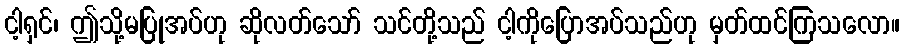
ငါ့ရှင်၊ ဤသို့မပြုအပ်ဟု ဆိုလတ်သော် သင်တို့သည် ငါ့ကိုပြောအပ်သည်ဟု မှတ်ထင်ကြသလော။